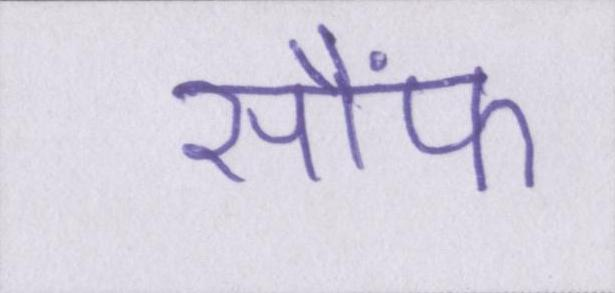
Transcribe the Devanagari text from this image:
सौंफ